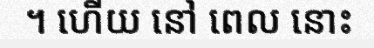
។ ហើយ នៅ ពេល នោះ